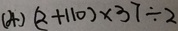
( 4 ) ( 2 + 1 1 0 ) \times 3 7 \div 2